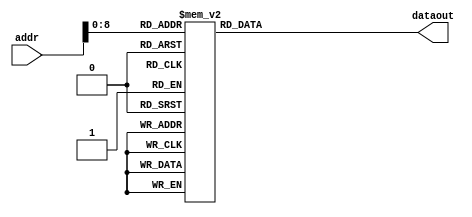
/*
* Module         - ROM_speech_w[[
* Top module     - cbselect
* Project        - CODEC2_ENCODE_2400
* Developer      - Santhiya S
* Date           - Mon Feb 04 15:19:31 2019
*
* Description    -
* Inputs         -

*32 bits fixed point representation
   S - E  - M
   1 - 15 - 16
*/
module ROM_speech_w(addr,dataout);

	parameter N = 32;
	input [9:0] addr;
	output reg [N-1:0] dataout;

	reg [N-1:0] w[319:0];
	
	always@(*)
	begin

					w[0]  = 32'b00000000000000000000000000000000;
					w[1]  = 32'b00000000000000000000000000000000;
					w[2]  = 32'b00000000000000000000000000000000;
					w[3]  = 32'b00000000000000000000000000000000;
					w[4]  = 32'b00000000000000000000000000000000;
					w[5]  = 32'b00000000000000000000000000000000;
					w[6]  = 32'b00000000000000000000000000000000;
					w[7]  = 32'b00000000000000000000000000000000;
					w[8]  = 32'b00000000000000000000000000000000;
					w[9]  = 32'b00000000000000000000000000000000;
					w[10]  = 32'b00000000000000000000000000000000;
					w[11]  = 32'b00000000000000000000000000000000;
					w[12]  = 32'b00000000000000000000000000000000;
					w[13]  = 32'b00000000000000000000000000000000;
					w[14]  = 32'b00000000000000000000000000000000;
					w[15]  = 32'b00000000000000000000000000000000;
					w[16]  = 32'b00000000000000000000000000000000;
					w[17]  = 32'b00000000000000000000000000000000;
					w[18]  = 32'b00000000000000000000000000000000;
					w[19]  = 32'b00000000000000000000000000000000;
					w[20]  = 32'b00000000000000000000000000000000;
					w[21]  = 32'b00000000000000000000000000000000;
					w[22]  = 32'b00000000000000000000000000000000;
					w[23]  = 32'b00000000000000000000000000000000;
					w[24]  = 32'b00000000000000000000000000000000;
					w[25]  = 32'b00000000000000000000000000000000;
					w[26]  = 32'b00000000000000000000000000000000;
					w[27]  = 32'b00000000000000000000000000000001;
					w[28]  = 32'b00000000000000000000000000000001;
					w[29]  = 32'b00000000000000000000000000000010;
					w[30]  = 32'b00000000000000000000000000000010;
					w[31]  = 32'b00000000000000000000000000000011;
					w[32]  = 32'b00000000000000000000000000000100;
					w[33]  = 32'b00000000000000000000000000000101;
					w[34]  = 32'b00000000000000000000000000000110;
					w[35]  = 32'b00000000000000000000000000000111;
					w[36]  = 32'b00000000000000000000000000001000;
					w[37]  = 32'b00000000000000000000000000001001;
					w[38]  = 32'b00000000000000000000000000001010;
					w[39]  = 32'b00000000000000000000000000001011;
					w[40]  = 32'b00000000000000000000000000001100;
					w[41]  = 32'b00000000000000000000000000001110;
					w[42]  = 32'b00000000000000000000000000001111;
					w[43]  = 32'b00000000000000000000000000010001;
					w[44]  = 32'b00000000000000000000000000010010;
					w[45]  = 32'b00000000000000000000000000010100;
					w[46]  = 32'b00000000000000000000000000010110;
					w[47]  = 32'b00000000000000000000000000010111;
					w[48]  = 32'b00000000000000000000000000011001;
					w[49]  = 32'b00000000000000000000000000011011;
					w[50]  = 32'b00000000000000000000000000011101;
					w[51]  = 32'b00000000000000000000000000011111;
					w[52]  = 32'b00000000000000000000000000100001;
					w[53]  = 32'b00000000000000000000000000100011;
					w[54]  = 32'b00000000000000000000000000100101;
					w[55]  = 32'b00000000000000000000000000100111;
					w[56]  = 32'b00000000000000000000000000101010;
					w[57]  = 32'b00000000000000000000000000101100;
					w[58]  = 32'b00000000000000000000000000101110;
					w[59]  = 32'b00000000000000000000000000110001;
					w[60]  = 32'b00000000000000000000000000110011;
					w[61]  = 32'b00000000000000000000000000110110;
					w[62]  = 32'b00000000000000000000000000111000;
					w[63]  = 32'b00000000000000000000000000111011;
					w[64]  = 32'b00000000000000000000000000111101;
					w[65]  = 32'b00000000000000000000000001000000;
					w[66]  = 32'b00000000000000000000000001000011;
					w[67]  = 32'b00000000000000000000000001000101;
					w[68]  = 32'b00000000000000000000000001001000;
					w[69]  = 32'b00000000000000000000000001001011;
					w[70]  = 32'b00000000000000000000000001001110;
					w[71]  = 32'b00000000000000000000000001010001;
					w[72]  = 32'b00000000000000000000000001010100;
					w[73]  = 32'b00000000000000000000000001010111;
					w[74]  = 32'b00000000000000000000000001011010;
					w[75]  = 32'b00000000000000000000000001011101;
					w[76]  = 32'b00000000000000000000000001100000;
					w[77]  = 32'b00000000000000000000000001100011;
					w[78]  = 32'b00000000000000000000000001100110;
					w[79]  = 32'b00000000000000000000000001101001;
					w[80]  = 32'b00000000000000000000000001101100;
					w[81]  = 32'b00000000000000000000000001101111;
					w[82]  = 32'b00000000000000000000000001110010;
					w[83]  = 32'b00000000000000000000000001110101;
					w[84]  = 32'b00000000000000000000000001111001;
					w[85]  = 32'b00000000000000000000000001111100;
					w[86]  = 32'b00000000000000000000000001111111;
					w[87]  = 32'b00000000000000000000000010000010;
					w[88]  = 32'b00000000000000000000000010000101;
					w[89]  = 32'b00000000000000000000000010001001;
					w[90]  = 32'b00000000000000000000000010001100;
					w[91]  = 32'b00000000000000000000000010001111;
					w[92]  = 32'b00000000000000000000000010010010;
					w[93]  = 32'b00000000000000000000000010010101;
					w[94]  = 32'b00000000000000000000000010011001;
					w[95]  = 32'b00000000000000000000000010011100;
					w[96]  = 32'b00000000000000000000000010011111;
					w[97]  = 32'b00000000000000000000000010100010;
					w[98]  = 32'b00000000000000000000000010100101;
					w[99]  = 32'b00000000000000000000000010101000;
					w[100]  = 32'b00000000000000000000000010101100;
					w[101]  = 32'b00000000000000000000000010101111;
					w[102]  = 32'b00000000000000000000000010110010;
					w[103]  = 32'b00000000000000000000000010110101;
					w[104]  = 32'b00000000000000000000000010111000;
					w[105]  = 32'b00000000000000000000000010111011;
					w[106]  = 32'b00000000000000000000000010111110;
					w[107]  = 32'b00000000000000000000000011000001;
					w[108]  = 32'b00000000000000000000000011000100;
					w[109]  = 32'b00000000000000000000000011000111;
					w[110]  = 32'b00000000000000000000000011001010;
					w[111]  = 32'b00000000000000000000000011001101;
					w[112]  = 32'b00000000000000000000000011010000;
					w[113]  = 32'b00000000000000000000000011010010;
					w[114]  = 32'b00000000000000000000000011010101;
					w[115]  = 32'b00000000000000000000000011011000;
					w[116]  = 32'b00000000000000000000000011011011;
					w[117]  = 32'b00000000000000000000000011011101;
					w[118]  = 32'b00000000000000000000000011100000;
					w[119]  = 32'b00000000000000000000000011100011;
					w[120]  = 32'b00000000000000000000000011100101;
					w[121]  = 32'b00000000000000000000000011101000;
					w[122]  = 32'b00000000000000000000000011101010;
					w[123]  = 32'b00000000000000000000000011101100;
					w[124]  = 32'b00000000000000000000000011101111;
					w[125]  = 32'b00000000000000000000000011110001;
					w[126]  = 32'b00000000000000000000000011110011;
					w[127]  = 32'b00000000000000000000000011110110;
					w[128]  = 32'b00000000000000000000000011111000;
					w[129]  = 32'b00000000000000000000000011111010;
					w[130]  = 32'b00000000000000000000000011111100;
					w[131]  = 32'b00000000000000000000000011111110;
					w[132]  = 32'b00000000000000000000000100000000;
					w[133]  = 32'b00000000000000000000000100000010;
					w[134]  = 32'b00000000000000000000000100000011;
					w[135]  = 32'b00000000000000000000000100000101;
					w[136]  = 32'b00000000000000000000000100000111;
					w[137]  = 32'b00000000000000000000000100001000;
					w[138]  = 32'b00000000000000000000000100001010;
					w[139]  = 32'b00000000000000000000000100001011;
					w[140]  = 32'b00000000000000000000000100001101;
					w[141]  = 32'b00000000000000000000000100001110;
					w[142]  = 32'b00000000000000000000000100010000;
					w[143]  = 32'b00000000000000000000000100010001;
					w[144]  = 32'b00000000000000000000000100010010;
					w[145]  = 32'b00000000000000000000000100010011;
					w[146]  = 32'b00000000000000000000000100010100;
					w[147]  = 32'b00000000000000000000000100010101;
					w[148]  = 32'b00000000000000000000000100010110;
					w[149]  = 32'b00000000000000000000000100010111;
					w[150]  = 32'b00000000000000000000000100011000;
					w[151]  = 32'b00000000000000000000000100011000;
					w[152]  = 32'b00000000000000000000000100011001;
					w[153]  = 32'b00000000000000000000000100011001;
					w[154]  = 32'b00000000000000000000000100011010;
					w[155]  = 32'b00000000000000000000000100011010;
					w[156]  = 32'b00000000000000000000000100011011;
					w[157]  = 32'b00000000000000000000000100011011;
					w[158]  = 32'b00000000000000000000000100011011;
					w[159]  = 32'b00000000000000000000000100011011;
					w[160]  = 32'b00000000000000000000000100011011;
					w[161]  = 32'b00000000000000000000000100011011;
					w[162]  = 32'b00000000000000000000000100011011;
					w[163]  = 32'b00000000000000000000000100011011;
					w[164]  = 32'b00000000000000000000000100011011;
					w[165]  = 32'b00000000000000000000000100011010;
					w[166]  = 32'b00000000000000000000000100011010;
					w[167]  = 32'b00000000000000000000000100011001;
					w[168]  = 32'b00000000000000000000000100011001;
					w[169]  = 32'b00000000000000000000000100011000;
					w[170]  = 32'b00000000000000000000000100011000;
					w[171]  = 32'b00000000000000000000000100010111;
					w[172]  = 32'b00000000000000000000000100010110;
					w[173]  = 32'b00000000000000000000000100010101;
					w[174]  = 32'b00000000000000000000000100010100;
					w[175]  = 32'b00000000000000000000000100010011;
					w[176]  = 32'b00000000000000000000000100010010;
					w[177]  = 32'b00000000000000000000000100010001;
					w[178]  = 32'b00000000000000000000000100010000;
					w[179]  = 32'b00000000000000000000000100001110;
					w[180]  = 32'b00000000000000000000000100001101;
					w[181]  = 32'b00000000000000000000000100001011;
					w[182]  = 32'b00000000000000000000000100001010;
					w[183]  = 32'b00000000000000000000000100001000;
					w[184]  = 32'b00000000000000000000000100000111;
					w[185]  = 32'b00000000000000000000000100000101;
					w[186]  = 32'b00000000000000000000000100000011;
					w[187]  = 32'b00000000000000000000000100000010;
					w[188]  = 32'b00000000000000000000000100000000;
					w[189]  = 32'b00000000000000000000000011111110;
					w[190]  = 32'b00000000000000000000000011111100;
					w[191]  = 32'b00000000000000000000000011111010;
					w[192]  = 32'b00000000000000000000000011111000;
					w[193]  = 32'b00000000000000000000000011110110;
					w[194]  = 32'b00000000000000000000000011110011;
					w[195]  = 32'b00000000000000000000000011110001;
					w[196]  = 32'b00000000000000000000000011101111;
					w[197]  = 32'b00000000000000000000000011101100;
					w[198]  = 32'b00000000000000000000000011101010;
					w[199]  = 32'b00000000000000000000000011101000;
					w[200]  = 32'b00000000000000000000000011100101;
					w[201]  = 32'b00000000000000000000000011100011;
					w[202]  = 32'b00000000000000000000000011100000;
					w[203]  = 32'b00000000000000000000000011011101;
					w[204]  = 32'b00000000000000000000000011011011;
					w[205]  = 32'b00000000000000000000000011011000;
					w[206]  = 32'b00000000000000000000000011010101;
					w[207]  = 32'b00000000000000000000000011010010;
					w[208]  = 32'b00000000000000000000000011010000;
					w[209]  = 32'b00000000000000000000000011001101;
					w[210]  = 32'b00000000000000000000000011001010;
					w[211]  = 32'b00000000000000000000000011000111;
					w[212]  = 32'b00000000000000000000000011000100;
					w[213]  = 32'b00000000000000000000000011000001;
					w[214]  = 32'b00000000000000000000000010111110;
					w[215]  = 32'b00000000000000000000000010111011;
					w[216]  = 32'b00000000000000000000000010111000;
					w[217]  = 32'b00000000000000000000000010110101;
					w[218]  = 32'b00000000000000000000000010110010;
					w[219]  = 32'b00000000000000000000000010101111;
					w[220]  = 32'b00000000000000000000000010101100;
					w[221]  = 32'b00000000000000000000000010101000;
					w[222]  = 32'b00000000000000000000000010100101;
					w[223]  = 32'b00000000000000000000000010100010;
					w[224]  = 32'b00000000000000000000000010011111;
					w[225]  = 32'b00000000000000000000000010011100;
					w[226]  = 32'b00000000000000000000000010011001;
					w[227]  = 32'b00000000000000000000000010010101;
					w[228]  = 32'b00000000000000000000000010010010;
					w[229]  = 32'b00000000000000000000000010001111;
					w[230]  = 32'b00000000000000000000000010001100;
					w[231]  = 32'b00000000000000000000000010001001;
					w[232]  = 32'b00000000000000000000000010000101;
					w[233]  = 32'b00000000000000000000000010000010;
					w[234]  = 32'b00000000000000000000000001111111;
					w[235]  = 32'b00000000000000000000000001111100;
					w[236]  = 32'b00000000000000000000000001111001;
					w[237]  = 32'b00000000000000000000000001110101;
					w[238]  = 32'b00000000000000000000000001110010;
					w[239]  = 32'b00000000000000000000000001101111;
					w[240]  = 32'b00000000000000000000000001101100;
					w[241]  = 32'b00000000000000000000000001101001;
					w[242]  = 32'b00000000000000000000000001100110;
					w[243]  = 32'b00000000000000000000000001100011;
					w[244]  = 32'b00000000000000000000000001100000;
					w[245]  = 32'b00000000000000000000000001011101;
					w[246]  = 32'b00000000000000000000000001011010;
					w[247]  = 32'b00000000000000000000000001010111;
					w[248]  = 32'b00000000000000000000000001010100;
					w[249]  = 32'b00000000000000000000000001010001;
					w[250]  = 32'b00000000000000000000000001001110;
					w[251]  = 32'b00000000000000000000000001001011;
					w[252]  = 32'b00000000000000000000000001001000;
					w[253]  = 32'b00000000000000000000000001000101;
					w[254]  = 32'b00000000000000000000000001000011;
					w[255]  = 32'b00000000000000000000000001000000;
					w[256]  = 32'b00000000000000000000000000111101;
					w[257]  = 32'b00000000000000000000000000111011;
					w[258]  = 32'b00000000000000000000000000111000;
					w[259]  = 32'b00000000000000000000000000110110;
					w[260]  = 32'b00000000000000000000000000110011;
					w[261]  = 32'b00000000000000000000000000110001;
					w[262]  = 32'b00000000000000000000000000101110;
					w[263]  = 32'b00000000000000000000000000101100;
					w[264]  = 32'b00000000000000000000000000101010;
					w[265]  = 32'b00000000000000000000000000100111;
					w[266]  = 32'b00000000000000000000000000100101;
					w[267]  = 32'b00000000000000000000000000100011;
					w[268]  = 32'b00000000000000000000000000100001;
					w[269]  = 32'b00000000000000000000000000011111;
					w[270]  = 32'b00000000000000000000000000011101;
					w[271]  = 32'b00000000000000000000000000011011;
					w[272]  = 32'b00000000000000000000000000011001;
					w[273]  = 32'b00000000000000000000000000010111;
					w[274]  = 32'b00000000000000000000000000010110;
					w[275]  = 32'b00000000000000000000000000010100;
					w[276]  = 32'b00000000000000000000000000010010;
					w[277]  = 32'b00000000000000000000000000010001;
					w[278]  = 32'b00000000000000000000000000001111;
					w[279]  = 32'b00000000000000000000000000001110;
					w[280]  = 32'b00000000000000000000000000001100;
					w[281]  = 32'b00000000000000000000000000001011;
					w[282]  = 32'b00000000000000000000000000001010;
					w[283]  = 32'b00000000000000000000000000001001;
					w[284]  = 32'b00000000000000000000000000001000;
					w[285]  = 32'b00000000000000000000000000000111;
					w[286]  = 32'b00000000000000000000000000000110;
					w[287]  = 32'b00000000000000000000000000000101;
					w[288]  = 32'b00000000000000000000000000000100;
					w[289]  = 32'b00000000000000000000000000000011;
					w[290]  = 32'b00000000000000000000000000000010;
					w[291]  = 32'b00000000000000000000000000000010;
					w[292]  = 32'b00000000000000000000000000000001;
					w[293]  = 32'b00000000000000000000000000000001;
					w[294]  = 32'b00000000000000000000000000000000;
					w[295]  = 32'b00000000000000000000000000000000;
					w[296]  = 32'b00000000000000000000000000000000;
					w[297]  = 32'b00000000000000000000000000000000;
					w[298]  = 32'b00000000000000000000000000000000;
					w[299]  = 32'b00000000000000000000000000000000;
					w[300]  = 32'b00000000000000000000000000000000;
					w[301]  = 32'b00000000000000000000000000000000;
					w[302]  = 32'b00000000000000000000000000000000;
					w[303]  = 32'b00000000000000000000000000000000;
					w[304]  = 32'b00000000000000000000000000000000;
					w[305]  = 32'b00000000000000000000000000000000;
					w[306]  = 32'b00000000000000000000000000000000;
					w[307]  = 32'b00000000000000000000000000000000;
					w[308]  = 32'b00000000000000000000000000000000;
					w[309]  = 32'b00000000000000000000000000000000;
					w[310]  = 32'b00000000000000000000000000000000;
					w[311]  = 32'b00000000000000000000000000000000;
					w[312]  = 32'b00000000000000000000000000000000;
					w[313]  = 32'b00000000000000000000000000000000;
					w[314]  = 32'b00000000000000000000000000000000;
					w[315]  = 32'b00000000000000000000000000000000;
					w[316]  = 32'b00000000000000000000000000000000;
					w[317]  = 32'b00000000000000000000000000000000;
					w[318]  = 32'b00000000000000000000000000000000;
					w[319]  = 32'b00000000000000000000000000000000;
	
	
	
		dataout = w[addr];
	end
endmodule